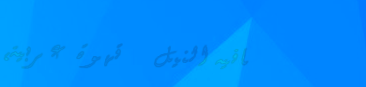
كافيه النيل   قهوة عربية،